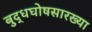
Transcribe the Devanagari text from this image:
बुद्धघोषसारख्या